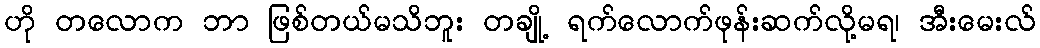
ဟို တလောက ဘာ ဖြစ်တယ်မသိဘူး တချို့ ရက်လောက်ဖုန်းဆက်လို့မရ၊ အီးမေးလ်